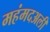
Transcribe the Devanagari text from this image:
महंमदअली